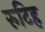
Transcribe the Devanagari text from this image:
रुटिह